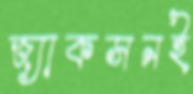
জ্যাকসনই